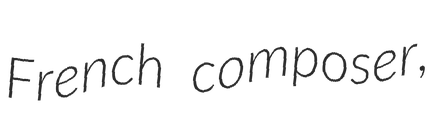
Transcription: French composer,